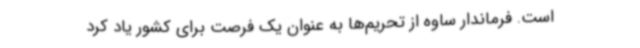
است. فرماندار ساوه از تحریم‌ها به عنوان یک فرصت برای کشور یاد کرد